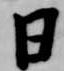
日